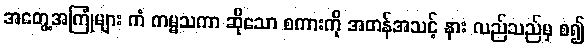
အတွေ့အကြုံများ ကံ ကမ္မသကာ ဆိုသော စကားကို အတန်အသင့် နား လည်သည်မှ စ၍